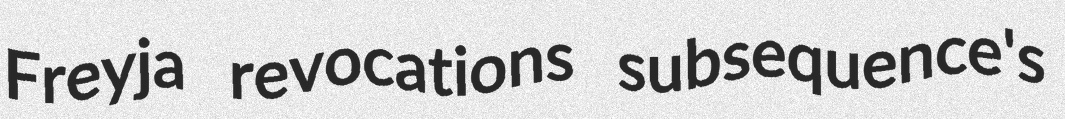
Freyja revocations subsequence's